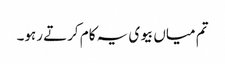
تم میاں بیوی یہ کام کرتے رہو۔